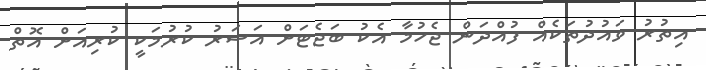
އިތުރު ވައުދުތަކެއް ފުއްދަން ޖެހުމާ އެކު ބަޖެޓަށް އަސަރު ކުރުމަކީ ކުރިއަށް އޮތް